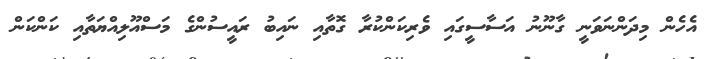
އެހެން މިދަންނަވަނީ ގާނޫނު އަސާސީގައި ވެރިކަންކުރާ ގޮތާއި ނައިބު ރައީސުންގެ މަސްއޫލިއްޔަތާއި ކަންކަން